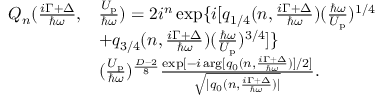
\begin{array} { r l } { Q _ { n } ( \frac { i \Gamma + \Delta } { \hbar \omega } , } & { \frac { U _ { \mathrm { p } } } { \hbar \omega } ) = 2 i ^ { n } \exp \{ i [ q _ { 1 / 4 } ( n , \frac { i \Gamma + \Delta } { \hbar \omega } ) ( \frac { \hbar \omega } { U _ { \mathrm { p } } } ) ^ { 1 / 4 } } \\ & { + q _ { 3 / 4 } ( n , \frac { i \Gamma + \Delta } { \hbar \omega } ) ( \frac { \hbar \omega } { U _ { \mathrm { p } } } ) ^ { 3 / 4 } ] \} } \\ & { ( \frac { U _ { \mathrm { p } } } { \hbar \omega } ) ^ { \frac { D - 2 } { 8 } } \frac { \exp [ - i \arg [ q _ { 0 } ( n , \frac { i \Gamma + \Delta } { \hbar \omega } ) ] / 2 ] } { \sqrt { | q _ { 0 } ( n , \frac { i \Gamma + \Delta } { \hbar \omega } ) | } } . } \end{array}